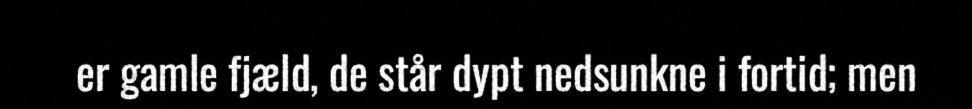
er gamle fjæld, de står dypt nedsunkne i fortid; men